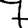
Digit: 7